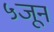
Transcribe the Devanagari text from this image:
५जून